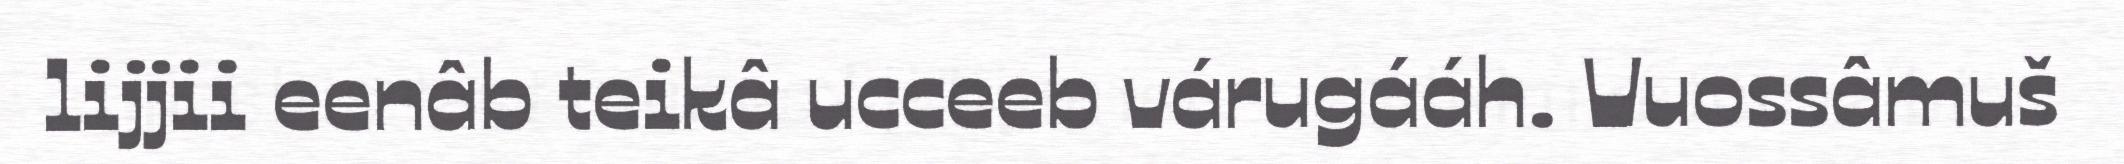
lijjii eenâb teikâ ucceeb várugááh. Vuossâmuš